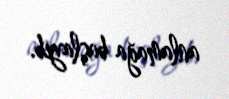
anlamağa başlayıb.